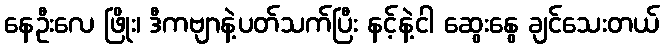
နေဦးလေ ဖြိုး၊ ဒီကဗျာနဲ့ပတ်သက်ပြီး နင့်နဲ့ငါ ဆွေးနွေ ချင်သေးတယ်